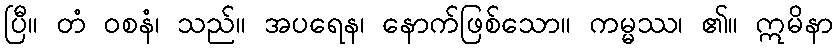
ပြီ။ တံ ဝစနံ၊ သည်။ အပရေန၊ နောက်ဖြစ်သော။ ကမ္မဿ၊ ၏။ ဣမိနာ